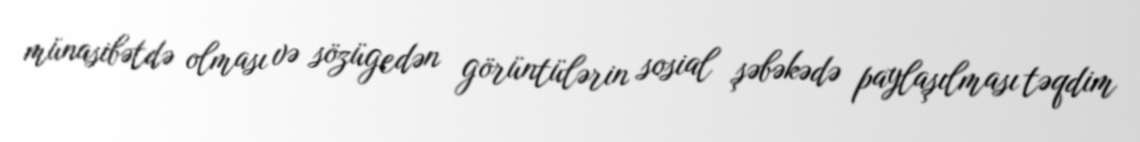
münasibətdə olması və sözügedən görüntülərin sosial şəbəkədə paylaşılması təqdim